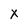
Character: X